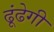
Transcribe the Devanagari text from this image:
ढूंढेगी